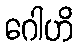
ဂေါဟိ